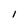
Character: 1